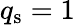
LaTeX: q_{\mathrm{s}}=1